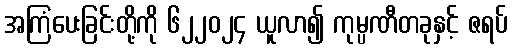
အကြံပေးခြင်းတို့ကို ၆၂၂၀၂၄ ယူလာ၍ ကုမ္ပဏီတခုနှင့် ဇရပ်